Riigikantselei, lk 7
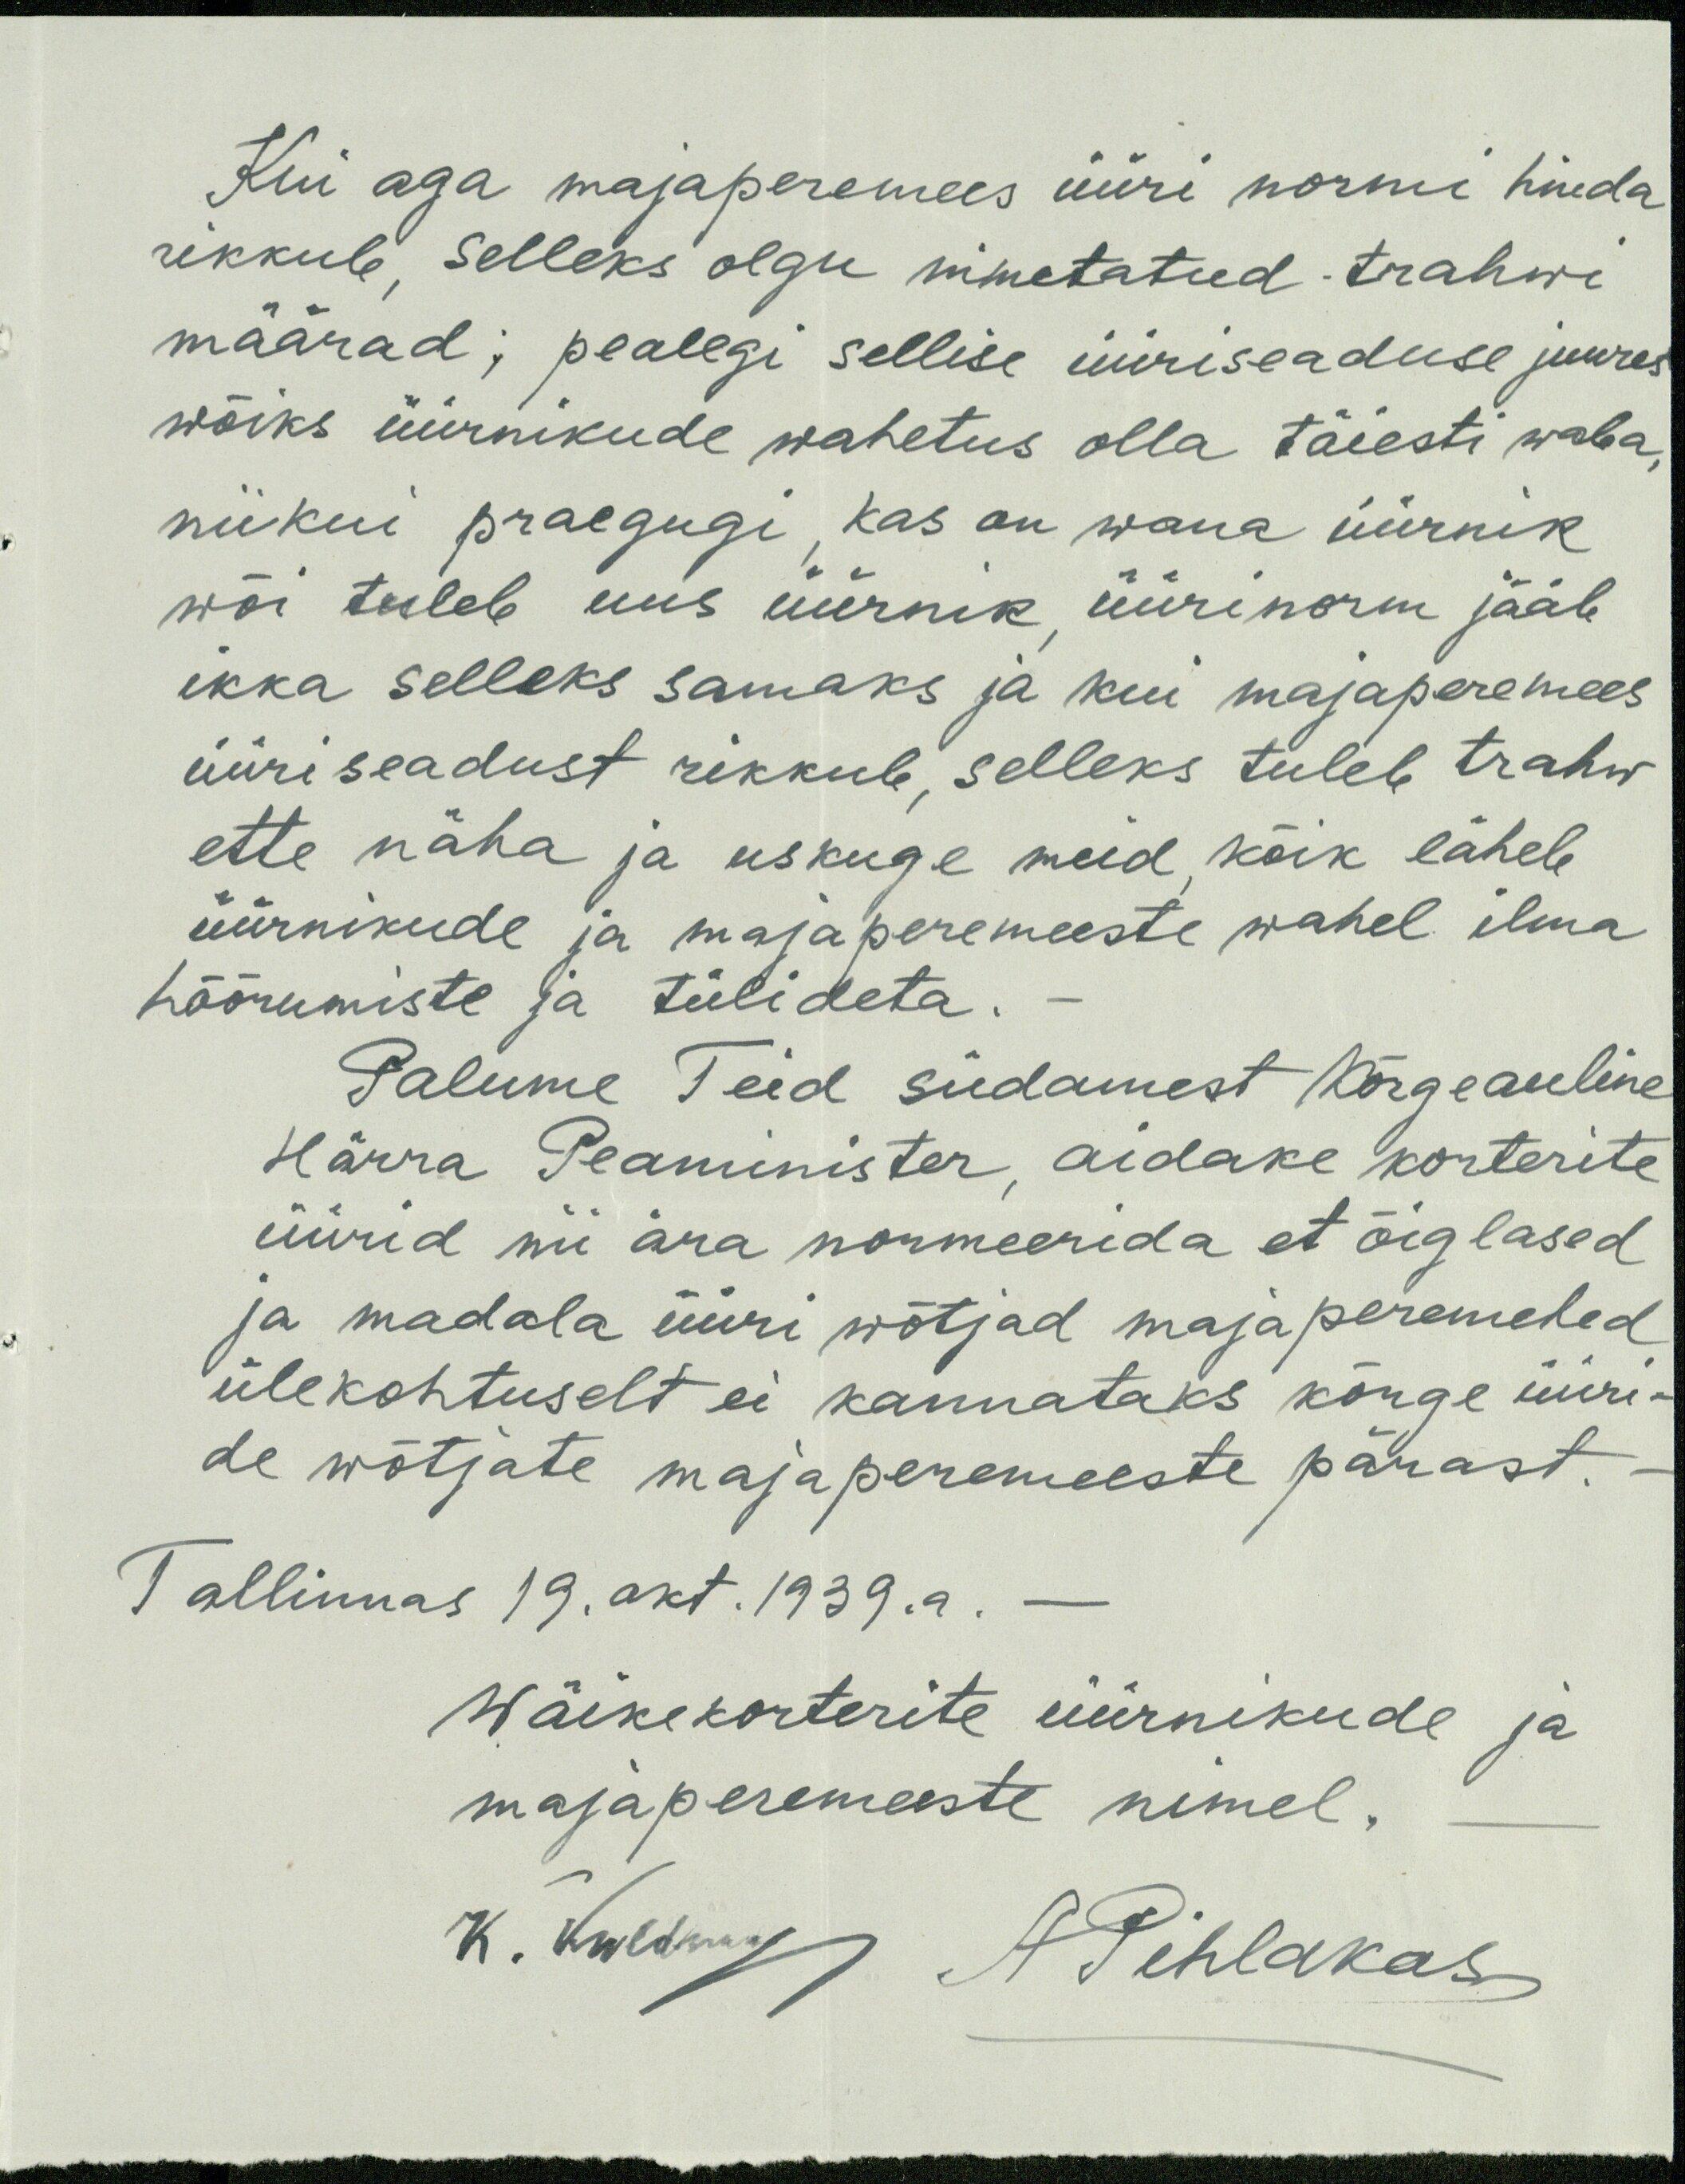
Kui aga majaperemees üüri normi hinda
rikkub, selleks olgu nimetatud trahwi
määrad; pealegi sellise üüriseaduse juures
wõiks üürnikude wahetus olla täiesti waba,
niikui praegugi, kas on wana üürnik
wõi tuleb uus üürnik üürinorm jääb
ikka selleks samaks ja kui majaperemees
üüri seadust rikkub, selleks tuleb trahw
ette näha ja uskuge meid, kõik läheb
üürnikude ja majaperemeeste wahel ilma
hõõrumiste ja tülideta.
Palume Teid südamest Kõrgeauline
Härra Peaminister, aidake korterite
üürid nii ära normeerida et õiglased
ja madala üüri wõtjad majaperemehed
ülekohtuselt ei kannataks kõrge üüri-
de wõtjate majaperemeeste pärast.
Tallinnas 19. okt. 1939.a.
Wäikekorterite üürnikude ja
majaperemeeste nimel.
K. Kuldking A Pihlakas